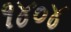
૧૪૦૪